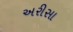
અરીસા